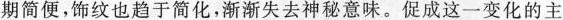
期简便，饰纹也趋于简化，渐渐失去神秘意味。促成这一变化的主